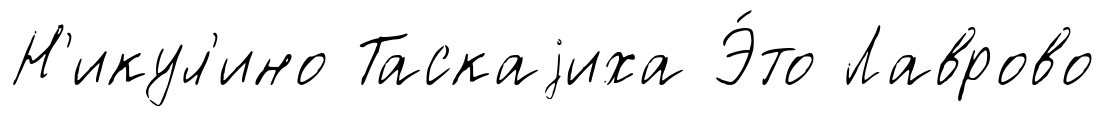
Н'икул'ино Таскаjиха Э́то Лаврово